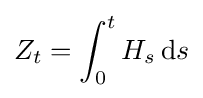
Z_{t}=\int _{0}^{t}H_{s}\,\mathrm {d} s